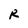
Character: R